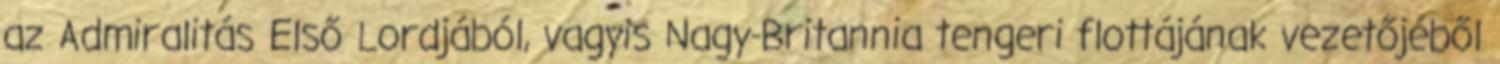
az Admiralitás Első Lordjából, vagyis Nagy-Britannia tengeri flottájának vezetőjéből